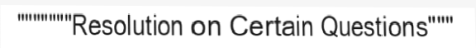
"""""""Resolution on Certain Questions"""